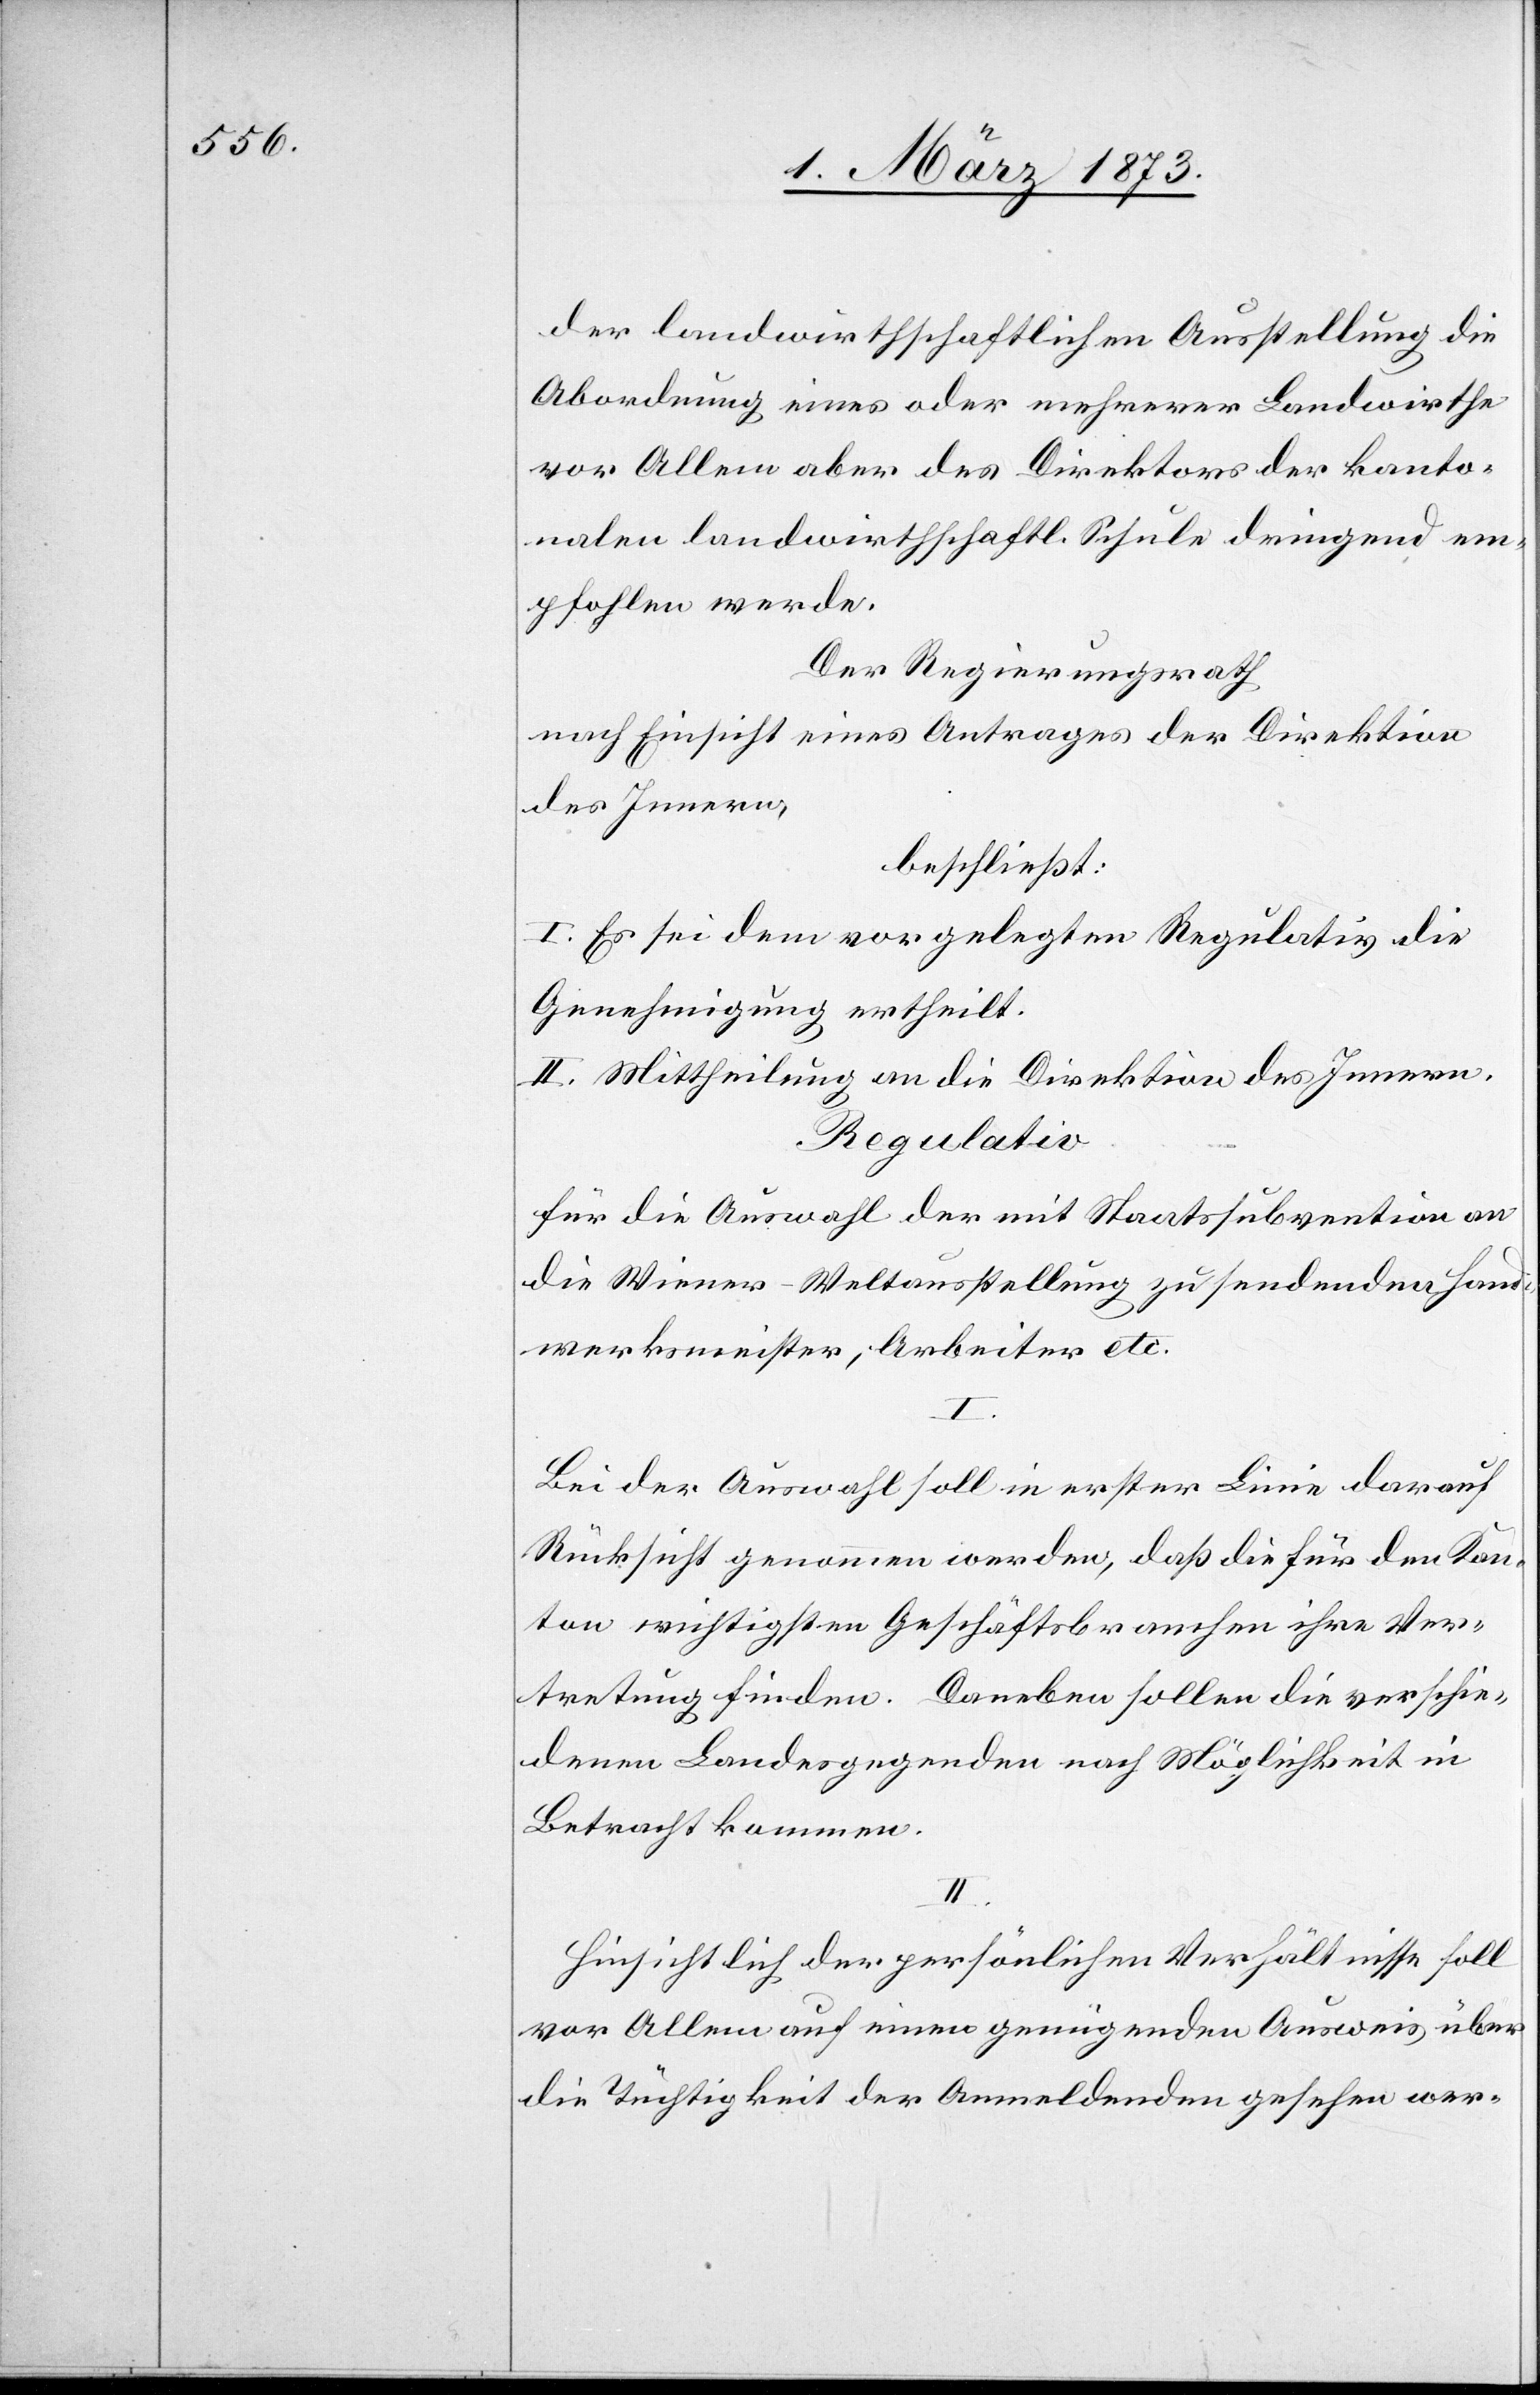
der landwirthschaftlichen Ausstellung die
Abordnung eines oder mehrerer Landwirthe
vor Allem aber des Direktors der kanto¬
nalen landwirthschaftl. Schule dringend em¬
pfohlen werde.
Der Regierungsrath
nach Einsicht eines Antrages der Direktion
des Innern,
beschließt:
I. Es sei dem vorgelegten Regulativ die
Genehmigung ertheilt.
II. Mittheilung an die Direktion des Innern.
Regulativ
für die Auswahl der mit Staatssubvention an
die Wiener-Weltausstellung zu sendenden Hand¬
werksmeister, Arbeiter etc.
I.
Bei der Auswahl soll in erster Linie darauf
Rücksicht genommen werden, daß die für den Kan¬
ton wichtigsten Geschäftsbranchen ihre Ver¬
tretung finden. Daneben sollen die verschie¬
denen Landesgegenden nach Möglichkeit in
Betracht kommen.
II.
Hinsichtlich der persönlichen Verhältnisse soll
vor Allem auf einen genügenden Ausweis über
die Tüchtigkeit der Anmeldenden gesehen wer-